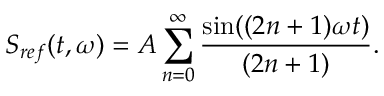
S _ { r e f } ( t , \omega ) = A \sum _ { n = 0 } ^ { \infty } \frac { \sin ( ( 2 n + 1 ) \omega t ) } { ( 2 n + 1 ) } .